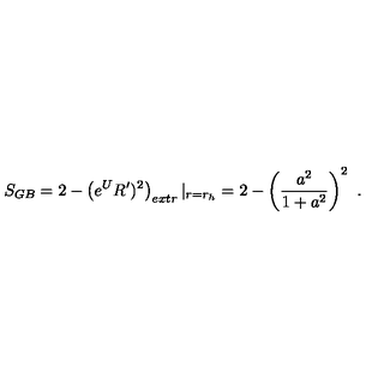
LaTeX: S _ { G B } = 2 - \left( e ^ { U } R ^ { \prime } ) ^ { 2 } \right) _ { e x t r } | _ { r = r _ { h } } = 2 - \left( { \frac { a ^ { 2 } } { 1 + a ^ { 2 } } } \right) ^ { 2 } \ .